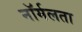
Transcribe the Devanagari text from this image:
नॉर्मलता